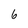
Character: 6